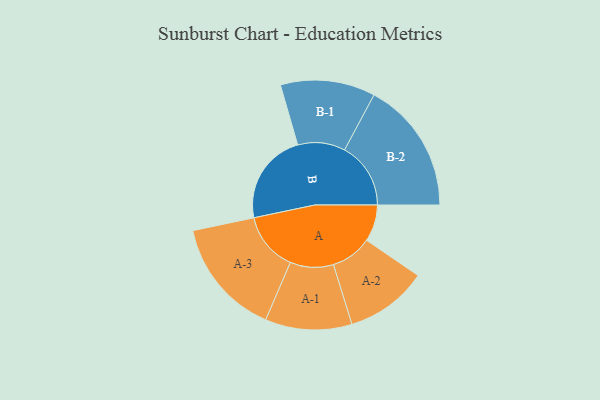
{"axis": {"x": "Segment", "y": "Value"}, "legend": ["", "A", "B"], "data": [{"x": "A", "y": 135, "type": ""}, {"x": "B", "y": 337, "type": ""}, {"x": "A-1", "y": 159, "type": "A"}, {"x": "A-2", "y": 151, "type": "A"}, {"x": "A-3", "y": 216, "type": "A"}, {"x": "B-1", "y": 174, "type": "B"}, {"x": "B-2", "y": 243, "type": "B"}]}